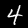
Digit: 4